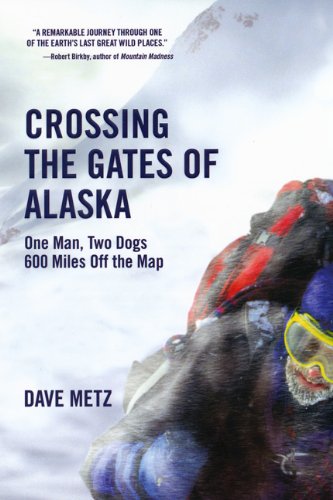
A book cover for Crossing The Gates Of Alaska; Dave Metz; Travel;